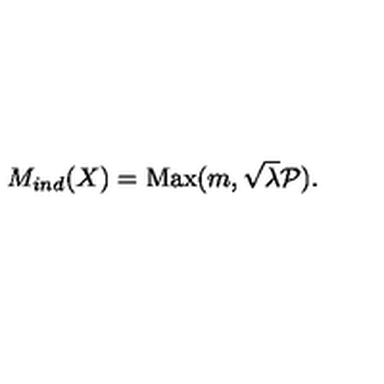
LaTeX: M _ { i n d } ( X ) = \mathrm { M a x } ( m , \sqrt { \lambda } { \cal P } ) .